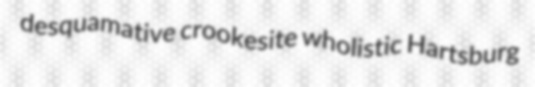
desquamative crookesite wholistic Hartsburg